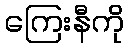
ကြေးနီကို